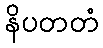
နိပတတံ